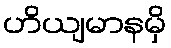
ဟိယျမာနမှိ